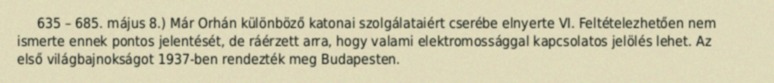
635 – 685. május 8.) Már Orhán különböző katonai szolgálataiért cserébe elnyerte VI. Feltételezhetően nem ismerte ennek pontos jelentését, de ráérzett arra, hogy valami elektromossággal kapcsolatos jelölés lehet. Az első világbajnokságot 1937-ben rendezték meg Budapesten.